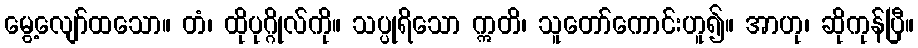
မွေ့လျော်ထသော။ တံ၊ ထိုပုဂ္ဂိုလ်ကို။ သပ္ပုရိသော ဣတိ၊ သူတော်ကောင်းဟူ၍။ အာဟု၊ ဆိုကုန်ပြီ။